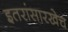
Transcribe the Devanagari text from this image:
इतरांसारखेच